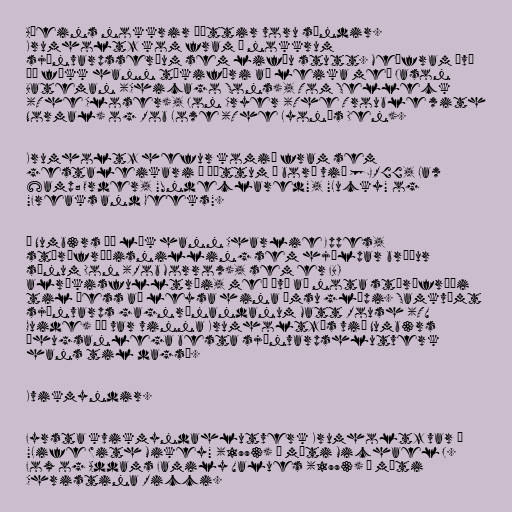
Aðeins nokkrir þættir voru sýndir.
Krumholtz kom fram í nokkrum
sjónvarpsseríum sem lifðu stutt. Meðfram því
þá fékk hann tækifæri að leika með Jason
Bateman (Chicago Sons), Tom Selleck
(The Closer), Jon Cryer (The Trouble with
Normal) og Rob Lowe (The Lyon's Den).

Krumholtz hefur komið fram sem
gestaleikari í þáttum á borð við [ER]], Law
&amp; Order, "Undeclared", "Lucky" og
"Freaks and Geeks".

Í Numb3rs þá lék hann Charlie Eppes,
stærðfræðisnilling sem hjálpar bróður
sínum Don (Rob Morrow), sem er FBI
alríkisfulltrúi, með því að nota stærðfræði
til þess að leysa hina ýmsu glæpi. Samkvæmt
sjónvarps gagnrýnandanum Matt Roush (TV
Guide) þá var vinna Krumholtz's við Numb3rs
„hugsanlega besta sjónvarpshlutverk
hans til dags“.

Kvikmyndir.

Fyrsta kvikmyndahlutverk Krumholtz var í
"Life With Mikey" (1993) á móti Michael J.
Fox og Addams Family Values (1993) á móti
Christina Ricci.